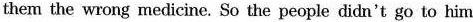
them the wrong medicine. So the people didn't go to him